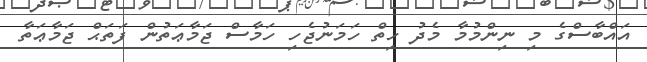
އައްބާސްގެ މި ނިންމުމާ މެދު ހިތް ހަމަނުޖެހި ހަމާސް ޖަމާޢަތުން ފަތަޙް ޖަމާޢަތާ